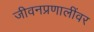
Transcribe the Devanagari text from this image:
जीवनप्रणालींवर